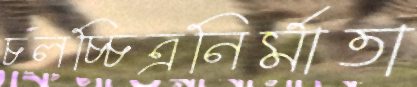
চলচ্চিত্রনির্মাতা